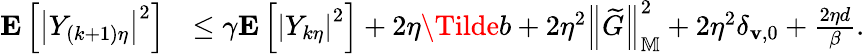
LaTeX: \begin{array}{rl}{\mathbf{E}\left[\left|Y_{(k+1)\eta}\right|^{2}\right]}&{\le\gamma\mathbf{E}\left[\left|Y_{k\eta}\right|^{2}\right]+2\eta\Tilde{b}+2\eta^{2}\left\| \widetilde{G}\right\| _{\mathbb{M}}^{2}+2\eta^{2}\delta_{\mathbf{v},0}+\frac{2\eta d}{\beta}.}\end{array}